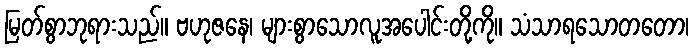
မြတ်စွာဘုရားသည်။ ဗဟုဇနေ၊ များစွာသောလူအပေါင်းတို့ကို။ သံသာရသောတတော၊